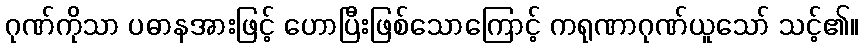
ဂုဏ်ကိုသာ ပဓာနအားဖြင့် ဟောပြီးဖြစ်သောကြောင့် ကရုဏာဂုဏ်ယူသော် သင့်၏။